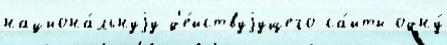
национа́льнуjу д'е́йствуjущего са́йты одну́